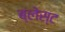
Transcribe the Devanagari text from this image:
ब्लेस्ट